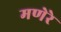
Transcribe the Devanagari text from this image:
मणेरे